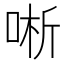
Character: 唽